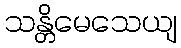
သန္တိမေသေယျ